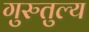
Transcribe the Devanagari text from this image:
गुरुतुल्य